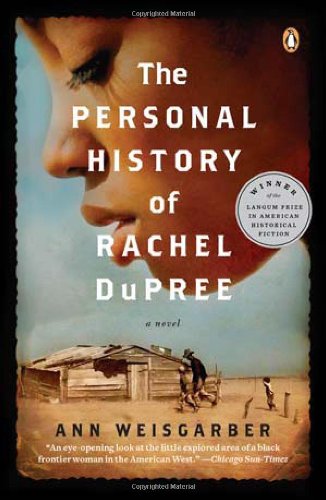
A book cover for The Personal History of Rachel DuPree: A Novel; Ann Weisgarber; Literature & Fiction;